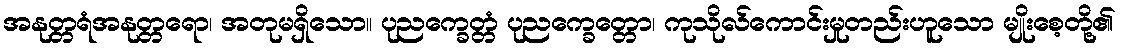
အနုတ္တရံအနုတ္တရော၊ အတုမရှိသော။ ပုညက္ခေတ္တံ ပုညက္ခေတ္တော၊ ကုသိုလ်ကောင်းမှုတည်းဟူသော မျိုးစေ့တို့၏